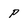
Character: p